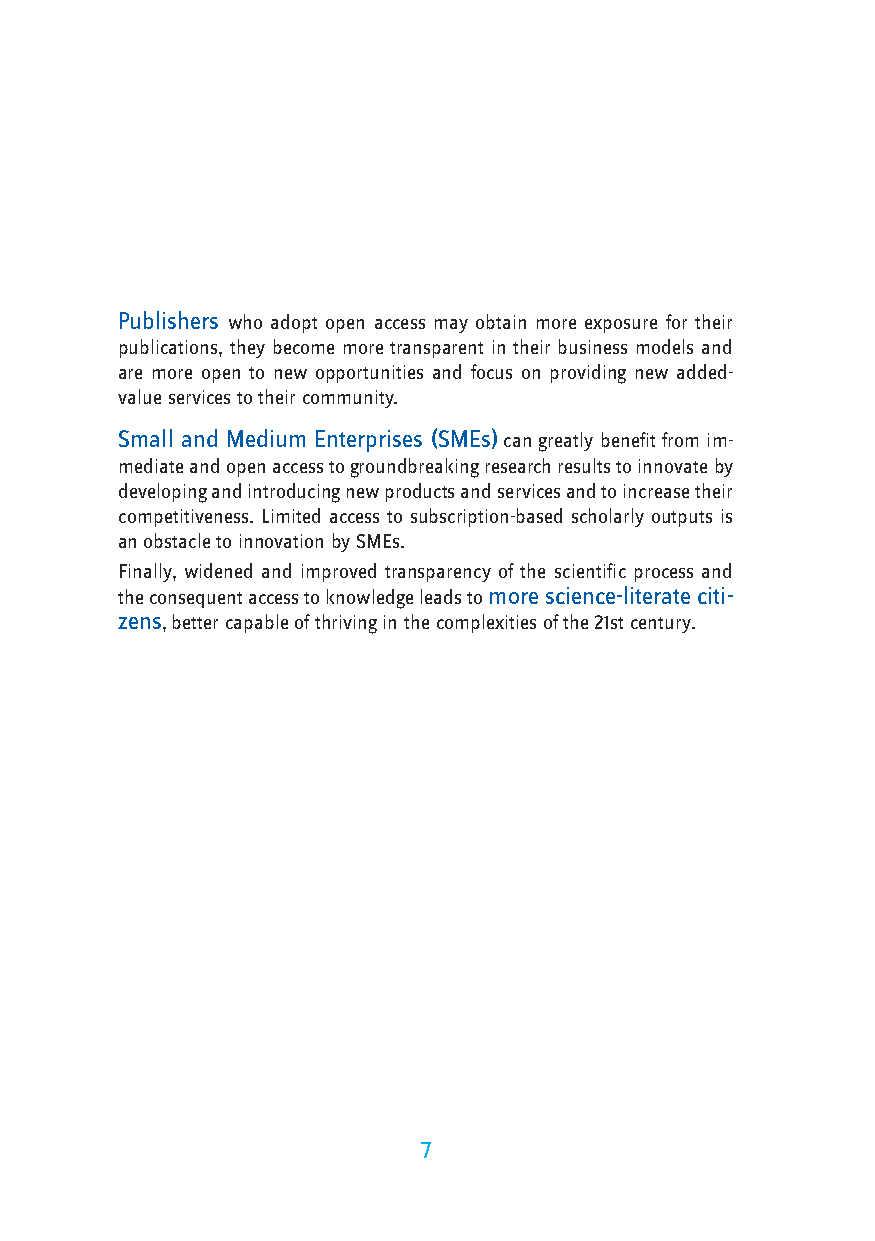
Publishers who adopt open access may obtain more exposure for their
 publications, they become more transparent in their business models and
 are more open to new opportunities and focus on providing new added-
 value services to their community.
 Small and Medium Enterprises (SMEs) can greatly benefit from im-
 mediate and open access to groundbreaking research results to innovate by
 developing and introducing new products and services and to increase their
 competitiveness. Limited access to subscription-based scholarly outputs is
 an obstacle to innovation by SMEs.
 Finally, widened and improved transparency of the scientific process and
 the consequent access to knowledge leads to more science-literate citi-
 zens, better capable of thriving in the complexities of the 21st century.
 7